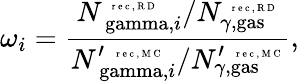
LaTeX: \omega_{i}=\frac{{N_{\mathrm{\ gamma},i}^{\mathrm{~\tiny~r~e~c~,~R~D~}}}/{N_{\gamma,\mathrm{gas}}^{\mathrm{~\tiny~r~e~c~,~R~D~}}}}{{N_{\mathrm{\ gamma},i}^{\prime\, \mathrm{~\tiny~r~e~c~,~M~C~}}}/{N_{\gamma,\mathrm{gas}}^{\prime\, \mathrm{~\tiny~r~e~c~,~M~C~}}}},